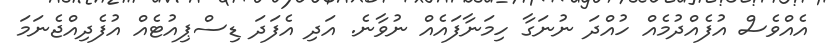
އެއްވެސް އުފެއްދުމެއް ހުއްދަ ނުނަގާ ހިމަނާފައެއް ނުވާނެ. އަދި އެފަދަ ޑިސްޕިއުޓެއް އުފެދިއްޖެނަމަ